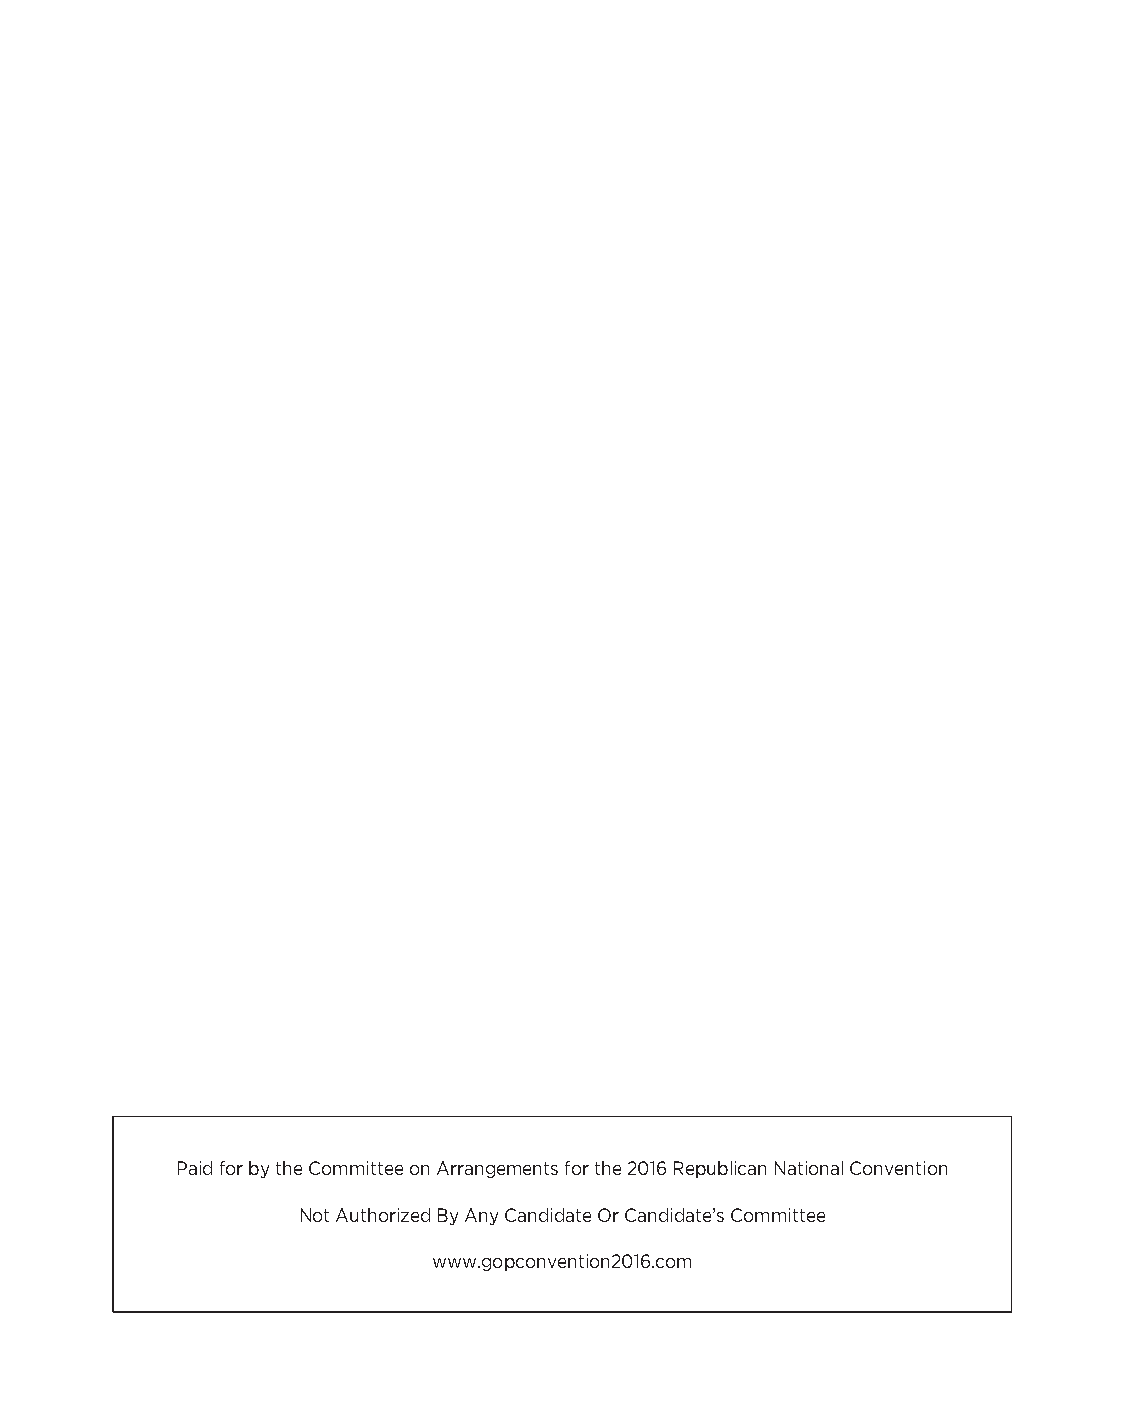
Paid for by the Committee on Arrangements for the 2016 Republican National Convention
 Not Authorized By Any Candidate Or Candidate’s Committee
 www.gopconvention2016.com